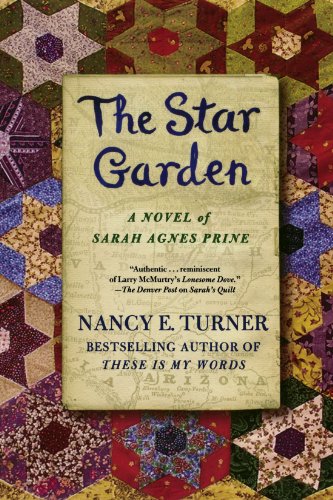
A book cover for The Star Garden (Sarah Prine); Nancy E. Turner; Romance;